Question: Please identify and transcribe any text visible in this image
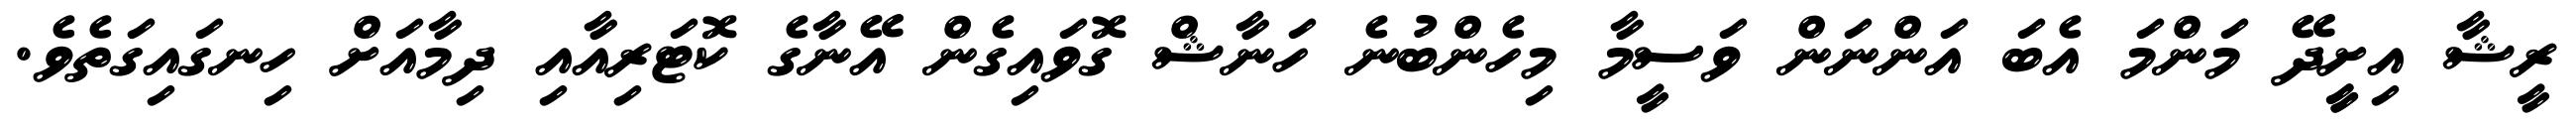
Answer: ރީޝާ އިށީީދޭ މަންމަ އެބަ އަންނަން ވަސީމާ މިހެންބުނެ ހަނާޝް ގޮވައިގެން އޭނާގެ ކޮޓަރިއާއި ދިމާއަށް ހިނގައިގަތެވެ.